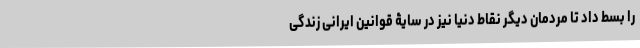
را بسط داد تا مردمان دیگر نقاط دنیا نیز در سایۀ قوانین ایرانی زندگی